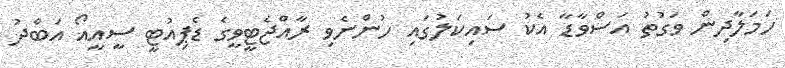
ހަމަލާދިން ވަގުތު އަސްވާޑާ އެކު ސައިކަލުގައި ހުންނެވި ރާއްޖެޓީވީގެ ޑެޕިއުޓީ ސީއީއޯ އަބްދު